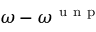
\omega - \omega ^ { \mathrm { ~ u ~ n ~ p ~ } }